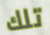
تلك